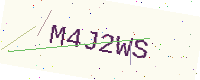
Text: M4J2WS